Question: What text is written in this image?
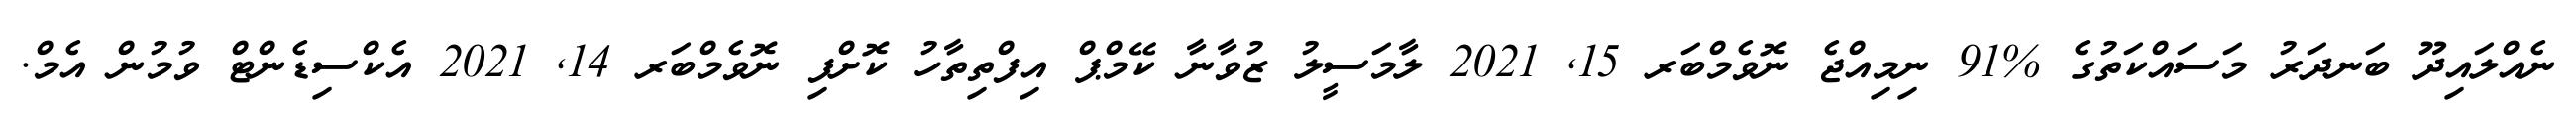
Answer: ނެއްލައިދޫ ބަނދަރު މަސައްކަތުގެ %91 ނިމިއްޖެ ނޮވެމްބަރ 15, 2021 ލާމަސީލު ޒުވާނާ ކޭމްޕް އިފްތިތާހު ކޮށްފި ނޮވެމްބަރ 14, 2021 އެކްސިޑެންޓް ވުމުން އެމް.